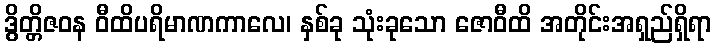
ဒွိတ္တိဇဝန ဝီထိပရိမာဏကာလေ၊ နှစ်ခု သုံးခုသော ဇောဝီထိ အတိုင်းအရှည်ရှိရာ